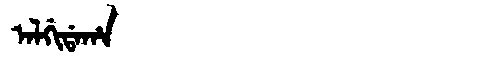
Manchu: ᠠᠯᡤᡳᡩᠠᡥᠠ
Romanization: ALGIDAHA